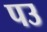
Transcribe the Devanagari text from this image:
पउ